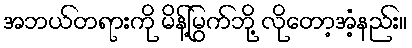
အဘယ်တရားကို မိန့်မြွက်ဘို့ လိုတော့အံ့နည်း။